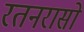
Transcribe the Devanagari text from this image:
रतनरासो